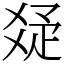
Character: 𤕟